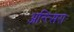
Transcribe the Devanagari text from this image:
अन्त्सिरा